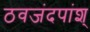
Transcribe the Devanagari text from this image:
ठवजंदपांश्